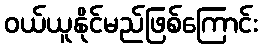
ဝယ်ယူနိုင်မည်ဖြစ်ကြောင်း